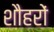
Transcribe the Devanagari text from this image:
शौहरों